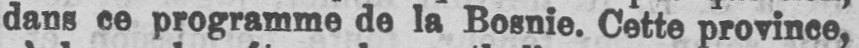
dans ce programme de la Bosnie. Cette province,